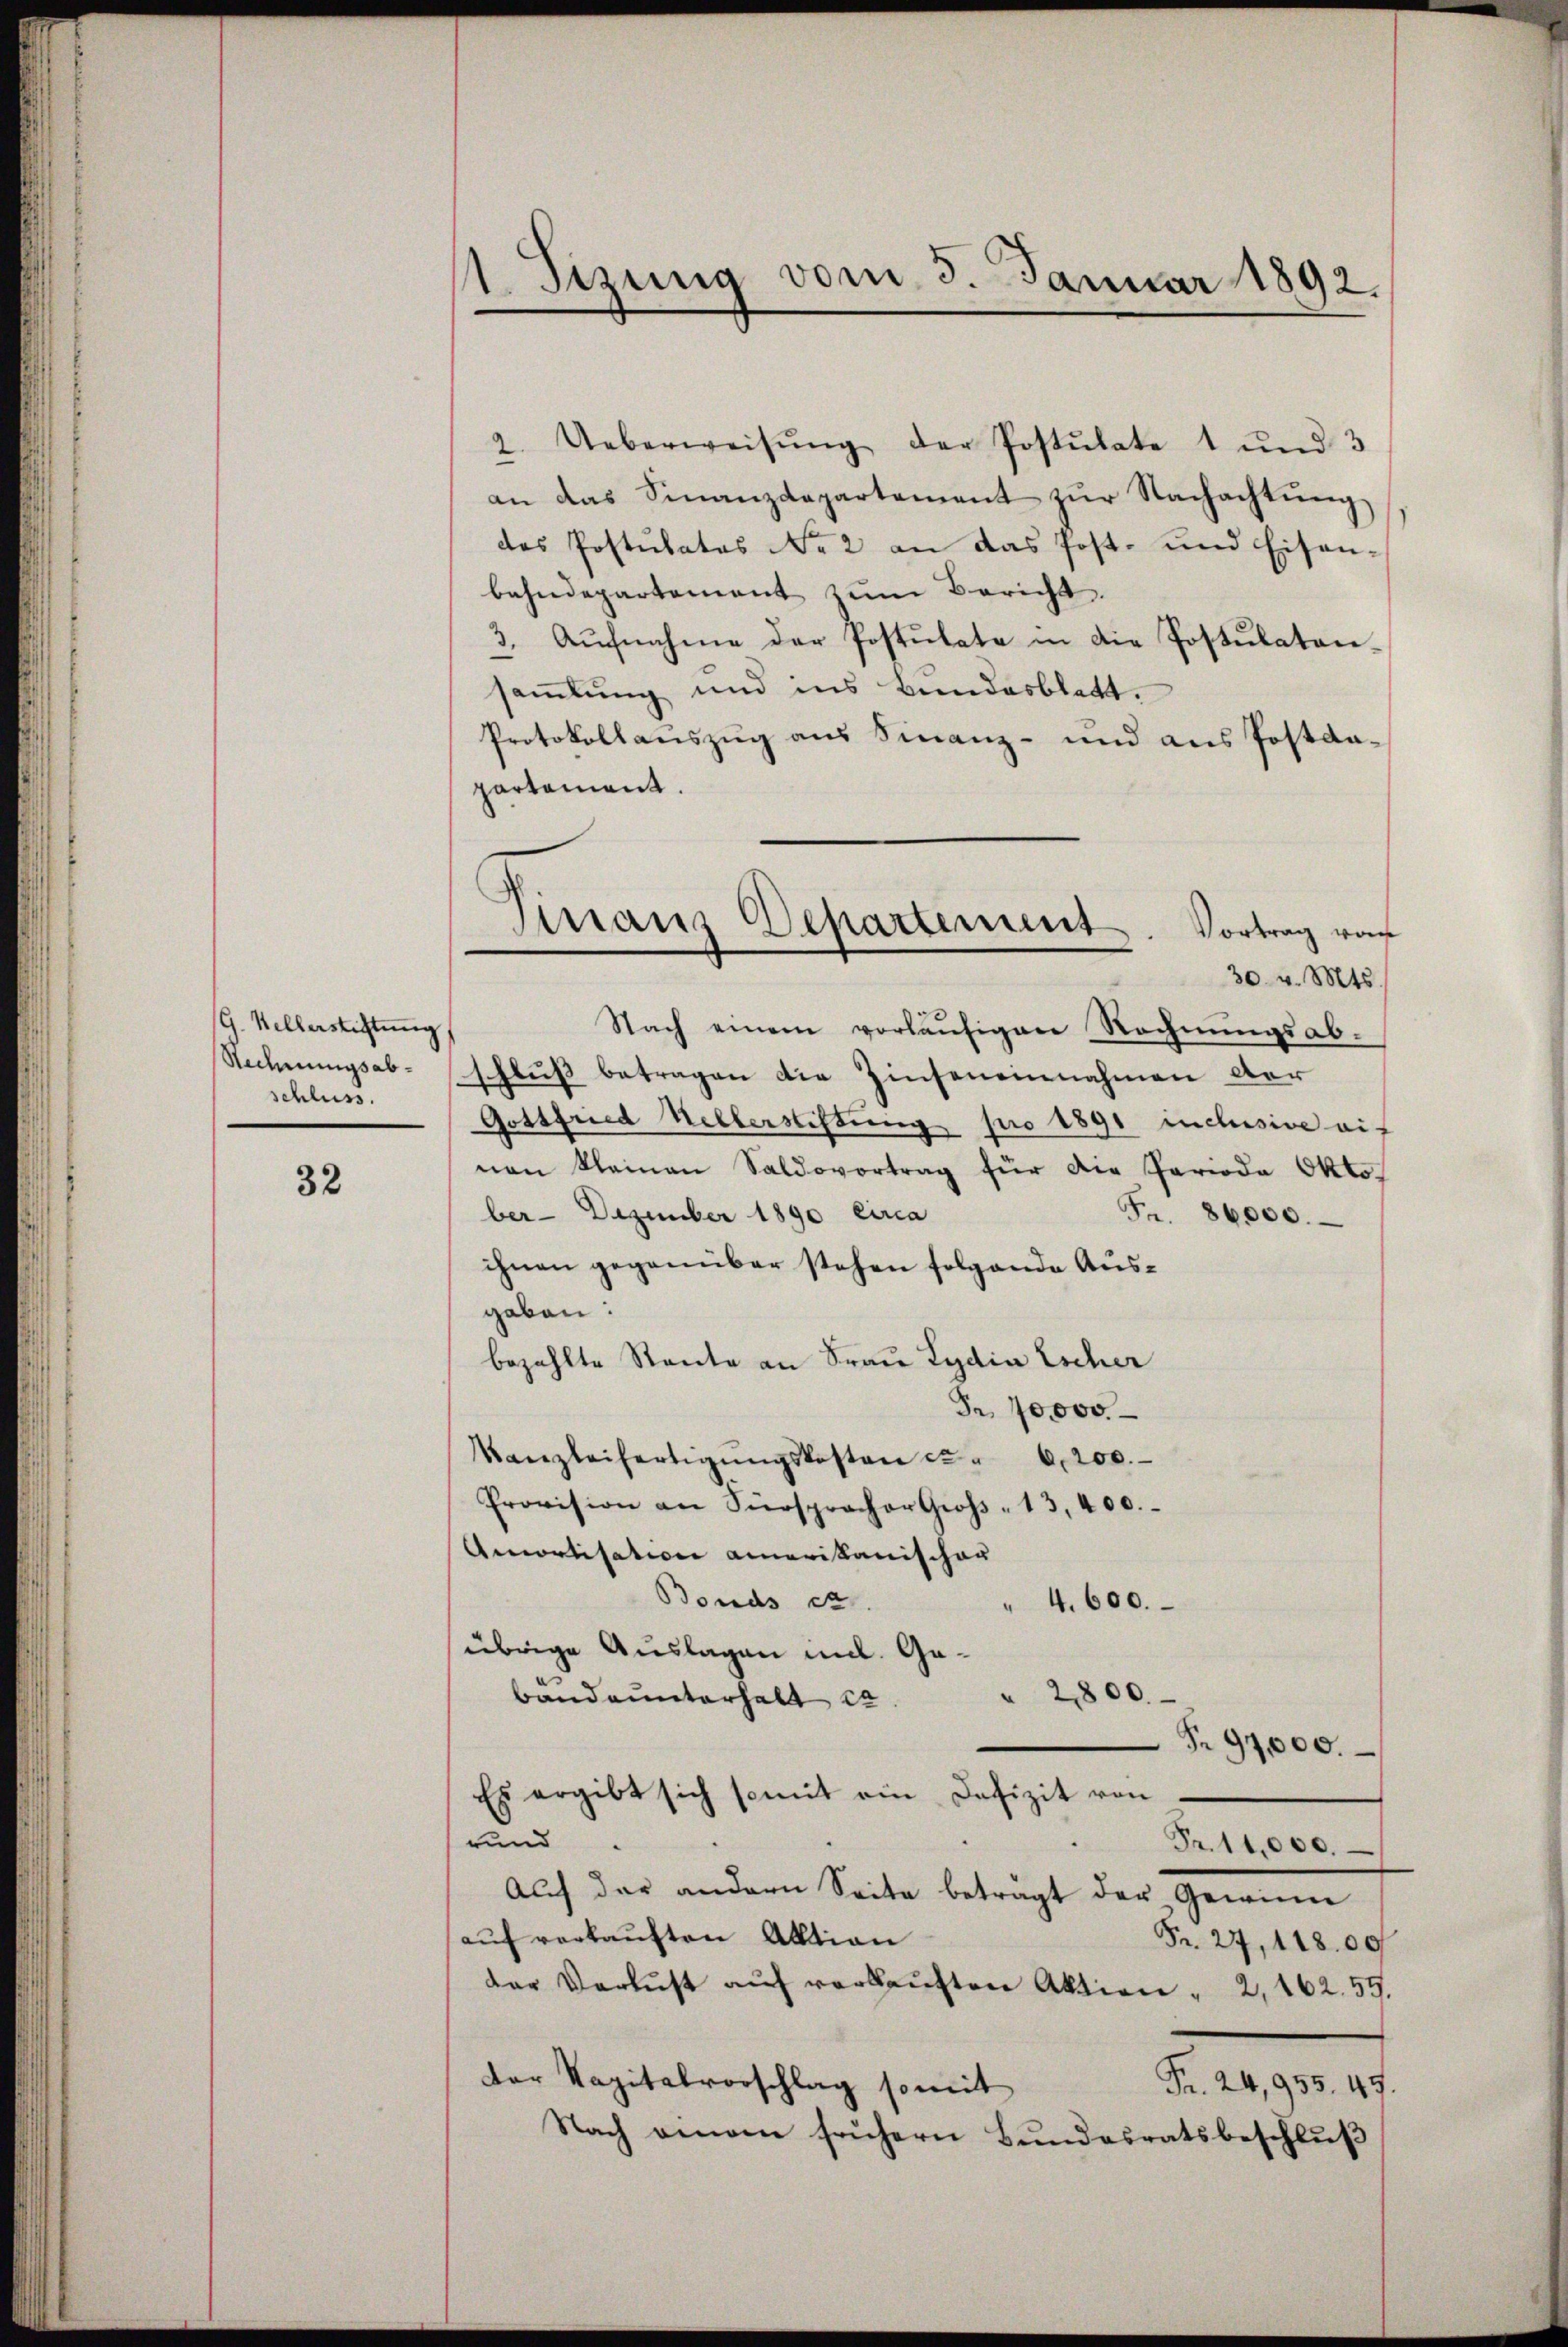
G. Kellerstiftung
Rechnungsabschluss.

32

1. Sizung vom 3. Januar 1892.

2. Ueberweisŭng der Postulate 1 und 3
an das Finanzdepartement zŭr Nachachtŭng
des Postulates No 2 an das Post- und Eisenbahndepartement zŭm Bericht.
3. Aŭfnahme der Postulate in die Postulaten-
samlung und ins Bundesblatt.
Protokollauszug aus Finanz- und aus Postdapartament.
30. v. Mts.
Nach einem vorläŭfigen Rechnŭngsabschluß betragen die Zinseneinnahmen der
Gottfried Hellerstiftung pro 1891 inchisive auf
nen kleinen Saldovortrag für die Perioda Oktober- Dezember 1890 circa
Fr. 86000.
ihnen gegenüber stehen folgende Ausgaben:
bezahlte Rente an Frau Lydia Escher
Fr. 10000.
Kanzleifertigŭngskosten u. " 6,200.
Provision an Fürspracher Groβ-13,400.
Amortisation amerikanischer
Bonds et
4600.
übrige Auslagen mit Ge¬
" 2800
band unterhalt es
Nr 97,000.
Es ergibt sich somit ein Defizit von
rund
Fr. 11,000.
Aŭf der andern Seite beträgt der Gewinn
auf verkauften Aktion
Fr. 27, 118.00
der Verlust aŭf verkaŭften Aktion " 2, 162. 59.
der Kapitalvorschlag somit
Fr. 24,935. 47.
Nach einem frühern Bŭndesratsbeschlŭβ

Finanz Departement. Vortrag vor